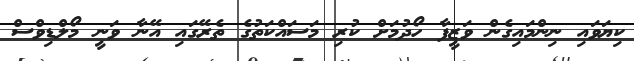
ކިޔަވައި ނިންމައިގެން ވަޒީފާ ހޯދުމަށް ކުރި މަސައްކަތުގެ ތެރޭގައި އޭނާ ވަނީ މޯލްޑިވްސް